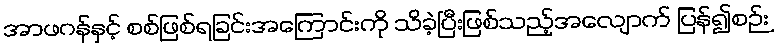
အာဖဂန်နှင့် စစ်ဖြစ်ရခြင်းအကြောင်းကို သိခဲ့ပြီးဖြစ်သည့်အလျောက် ပြန်၍စဉ်း